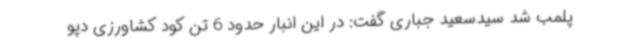
پلمب شد سیدسعید جباری گفت: در این انبار حدود 6 تن کود کشاورزی دپو